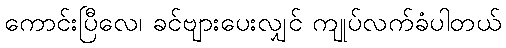
ကောင်းပြီလေ၊ ခင်ဗျားပေးလျှင် ကျုပ်လက်ခံပါတယ်